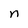
Character: n